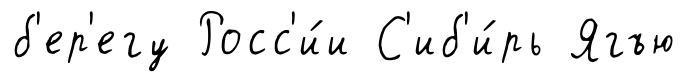
б'ер'егу Росс'и́и С'иб'и́рь Ягъю